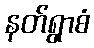
နတ်ရွာစံ